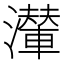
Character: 𤁥